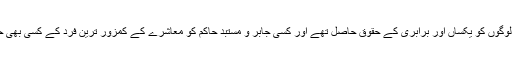
جہاں ہر قوم، نسل، مذہب اور رنگ کے لوگوں کو یکساں اور برابری کے حقوق حاصل تھے اور کسی جابر و مستبد حاکم کو معاشرے کے کمزور ترین فرد کے کسی بھی حق کی پامالی کی جرات نہ ہوسکتی تھی۔